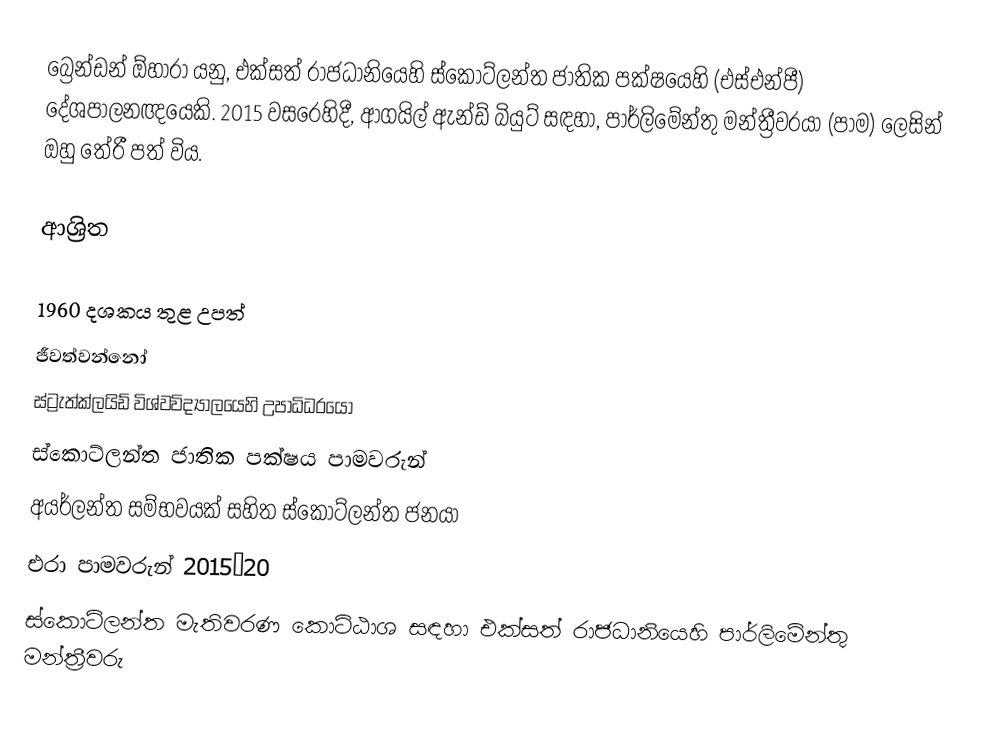
බ්‍රෙන්ඩන් ඕහාරා  යනු,  එක්සත් රාජධානියෙහි ස්කොට්ලන්ත ජාතික පක්ෂයෙහි (එස්එන්පී) දේශපාලනඥයෙකි. 2015 වසරෙහිදී,  ආගයිල් ඇන්ඩ් බියුට් සඳහා, පාර්ලිමේන්තු මන්ත්‍රීවරයා (පාම) ලෙසින් ඔහු  තේරී පත් විය.

ආශ්‍රිත

1960 දශකය තුළ උපත්
ජීවත්වන්නෝ
 ස්ට්‍රැත්ක්ලයිඩ් විශ්වවිද්‍යාලයෙහි උපාධිධරයෝ
ස්කොට්ලන්ත ජාතික පක්ෂය පාමවරුන්
අයර්ලන්ත සම්භවයක් සහිත ස්කොට්ලන්ත ජනයා
එරා පාමවරුන් 2015–20
ස්කොට්ලන්ත මැතිවරණ කොට්ඨාශ සඳහා එක්සත් රාජධානියෙහි පාර්ලිමේන්තු මන්ත්‍රීවරු